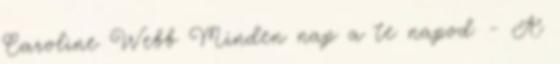
Caroline Webb Minden nap a te napod - A